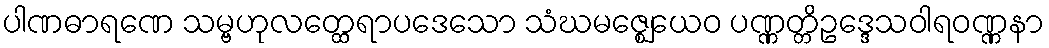
ပါဏဓာရဏေ သမ္ဗဟုလတ္ထေရာပဒေသော သံဃမဇ္ဈေယေဝ ပဏ္ဏတ္တိဥဒ္ဒေသဝါရဝဏ္ဏနာ